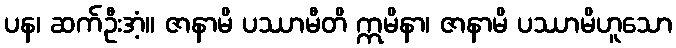
ပန၊ ဆက်ဦးအံ့။ ဇာနာမိ ပဿာမီတိ ဣမိနာ၊ ဇာနာမိ ပဿာမိဟူသော